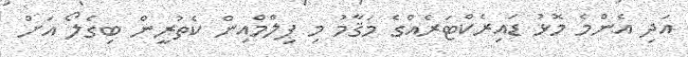
އަދި އެންމެ މޮޅު ޑައިރެކްޓަރެއްގެ މަޤާމު މި ފިލްމްއިން ކެތުރީން ބިގެލޯ އަށް